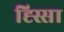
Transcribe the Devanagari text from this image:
ह्स्सिा